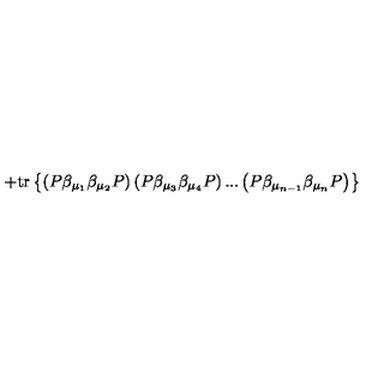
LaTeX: + \mathrm { t r } \left\{ \left( P \beta _ { \mu _ { 1 } } \beta _ { \mu _ { 2 } } P \right) \left( P \beta _ { \mu _ { 3 } } \beta _ { \mu _ { 4 } } P \right) . . . \left( P \beta _ { \mu _ { n - 1 } } \beta _ { \mu _ { n } } P \right) \right\}